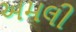
અમલી